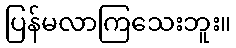
ပြန်မလာကြသေးဘူး။